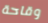
وقاحة